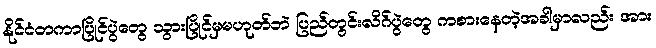
နိုင်ငံတကာပြိုင်ပွဲတွေ သွားပြိုင်မှမဟုတ်ဘဲ ပြည်တွင်းလိဂ်ပွဲတွေ ကစားနေတဲ့အခါမှာလည်း အား